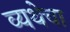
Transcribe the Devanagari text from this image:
व्यथेचा